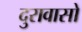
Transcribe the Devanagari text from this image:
दुरावासो